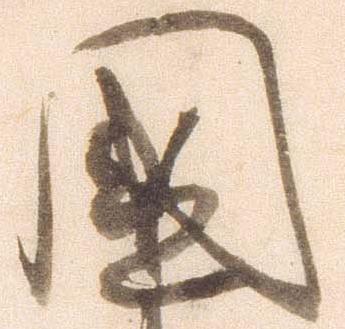
国